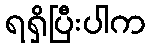
ရရှိပြီးပါက